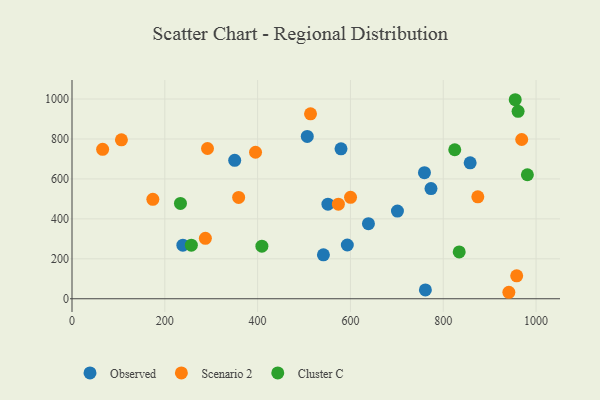
{"axis": {"x": "Engine Size", "y": "Demand"}, "legend": ["Cluster C", "Observed", "Scenario 2"], "data": [{"x": "773.6", "y": 551.7, "type": "Observed"}, {"x": "507.0", "y": 812.8, "type": "Observed"}, {"x": "593.3", "y": 269.2, "type": "Observed"}, {"x": "638.8", "y": 375.8, "type": "Observed"}, {"x": "701.3", "y": 438.9, "type": "Observed"}, {"x": "858.0", "y": 680.7, "type": "Observed"}, {"x": "761.5", "y": 44.1, "type": "Observed"}, {"x": "541.8", "y": 220.1, "type": "Observed"}, {"x": "350.6", "y": 693.2, "type": "Observed"}, {"x": "759.5", "y": 631.1, "type": "Observed"}, {"x": "238.9", "y": 268.0, "type": "Observed"}, {"x": "579.7", "y": 750.5, "type": "Observed"}, {"x": "551.5", "y": 473.6, "type": "Observed"}, {"x": "66.0", "y": 748.1, "type": "Scenario 2"}, {"x": "106.5", "y": 795.9, "type": "Scenario 2"}, {"x": "292.0", "y": 752.2, "type": "Scenario 2"}, {"x": "359.1", "y": 507.1, "type": "Scenario 2"}, {"x": "941.4", "y": 32.4, "type": "Scenario 2"}, {"x": "958.3", "y": 114.6, "type": "Scenario 2"}, {"x": "287.4", "y": 302.5, "type": "Scenario 2"}, {"x": "174.2", "y": 497.6, "type": "Scenario 2"}, {"x": "514.0", "y": 926.1, "type": "Scenario 2"}, {"x": "969.1", "y": 797.4, "type": "Scenario 2"}, {"x": "600.2", "y": 508.0, "type": "Scenario 2"}, {"x": "395.5", "y": 733.6, "type": "Scenario 2"}, {"x": "574.0", "y": 473.4, "type": "Scenario 2"}, {"x": "874.5", "y": 510.5, "type": "Scenario 2"}, {"x": "409.2", "y": 263.3, "type": "Cluster C"}, {"x": "961.3", "y": 938.4, "type": "Cluster C"}, {"x": "834.4", "y": 234.4, "type": "Cluster C"}, {"x": "257.2", "y": 268.3, "type": "Cluster C"}, {"x": "955.1", "y": 996.5, "type": "Cluster C"}, {"x": "233.7", "y": 477.5, "type": "Cluster C"}, {"x": "824.8", "y": 746.1, "type": "Cluster C"}, {"x": "981.3", "y": 620.9, "type": "Cluster C"}]}